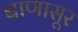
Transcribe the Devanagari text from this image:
बाणासूर